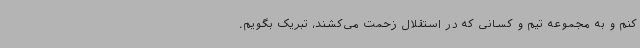
کنم و به مجموعه تیم و کسانی که در استقلال زحمت می‌کشند، تبریک بگویم.